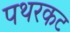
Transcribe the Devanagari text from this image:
पथरकट